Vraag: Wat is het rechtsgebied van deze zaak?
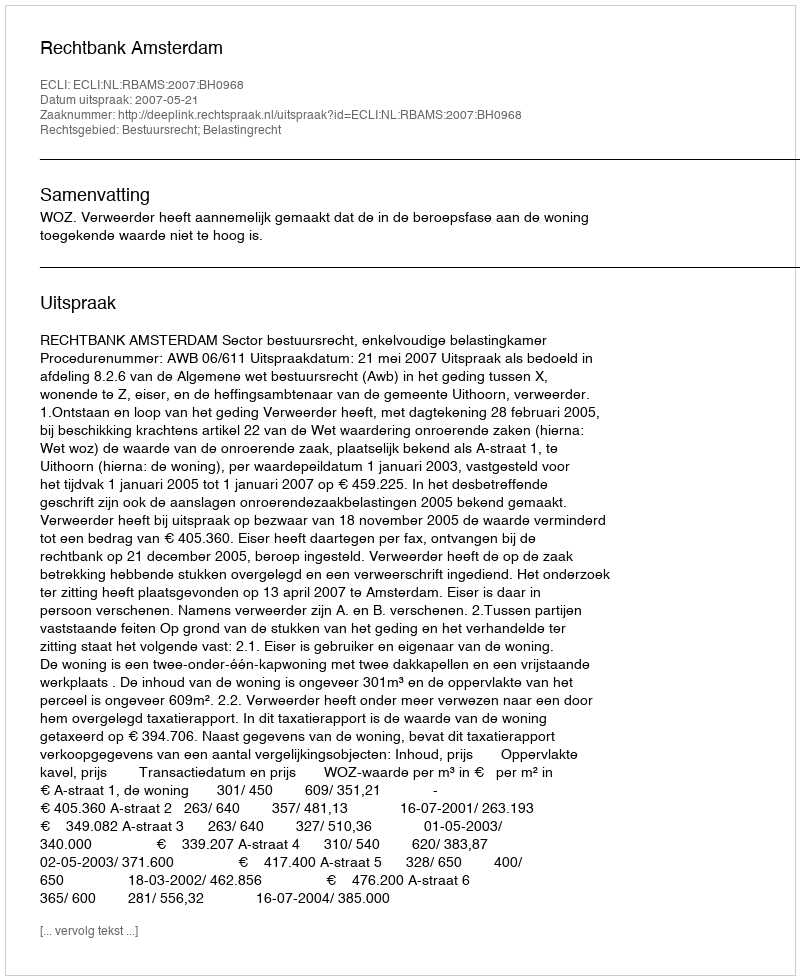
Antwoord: Bestuursrecht; Belastingrecht